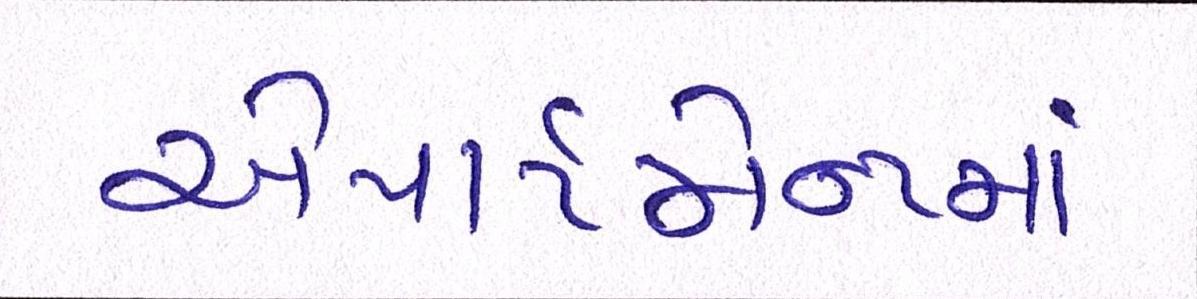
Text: એપાર્ટમેન્ટમાં